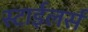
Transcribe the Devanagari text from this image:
स्टाईलर्स